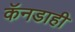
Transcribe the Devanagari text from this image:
कॅनडाही